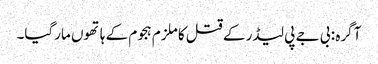
آگرہ : بی جے پی لیڈر کے قتل کا ملزم ہجوم کے ہاتھوں مارگیا۔